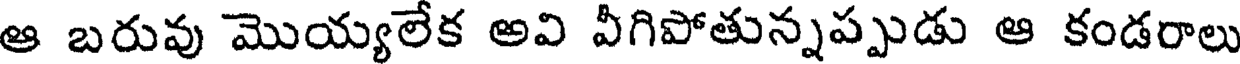
ఆ బరువు మొయ్యలేక అవి వీగిపోతున్నప్పుడు ఆ కండరాలు